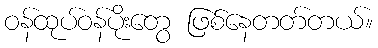
ဝန်ထုပ်ဝန်ပိုးတွေ ဖြစ်နေတတ်တယ်။